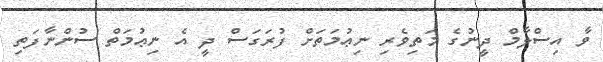
ވާ އިސްލާމް ދީނުގެ މަތިވެރި ނިޢުމަތަށް ފުރަގަސް ދީ އެ ނިޢުމަތް ސުންނާފަތި